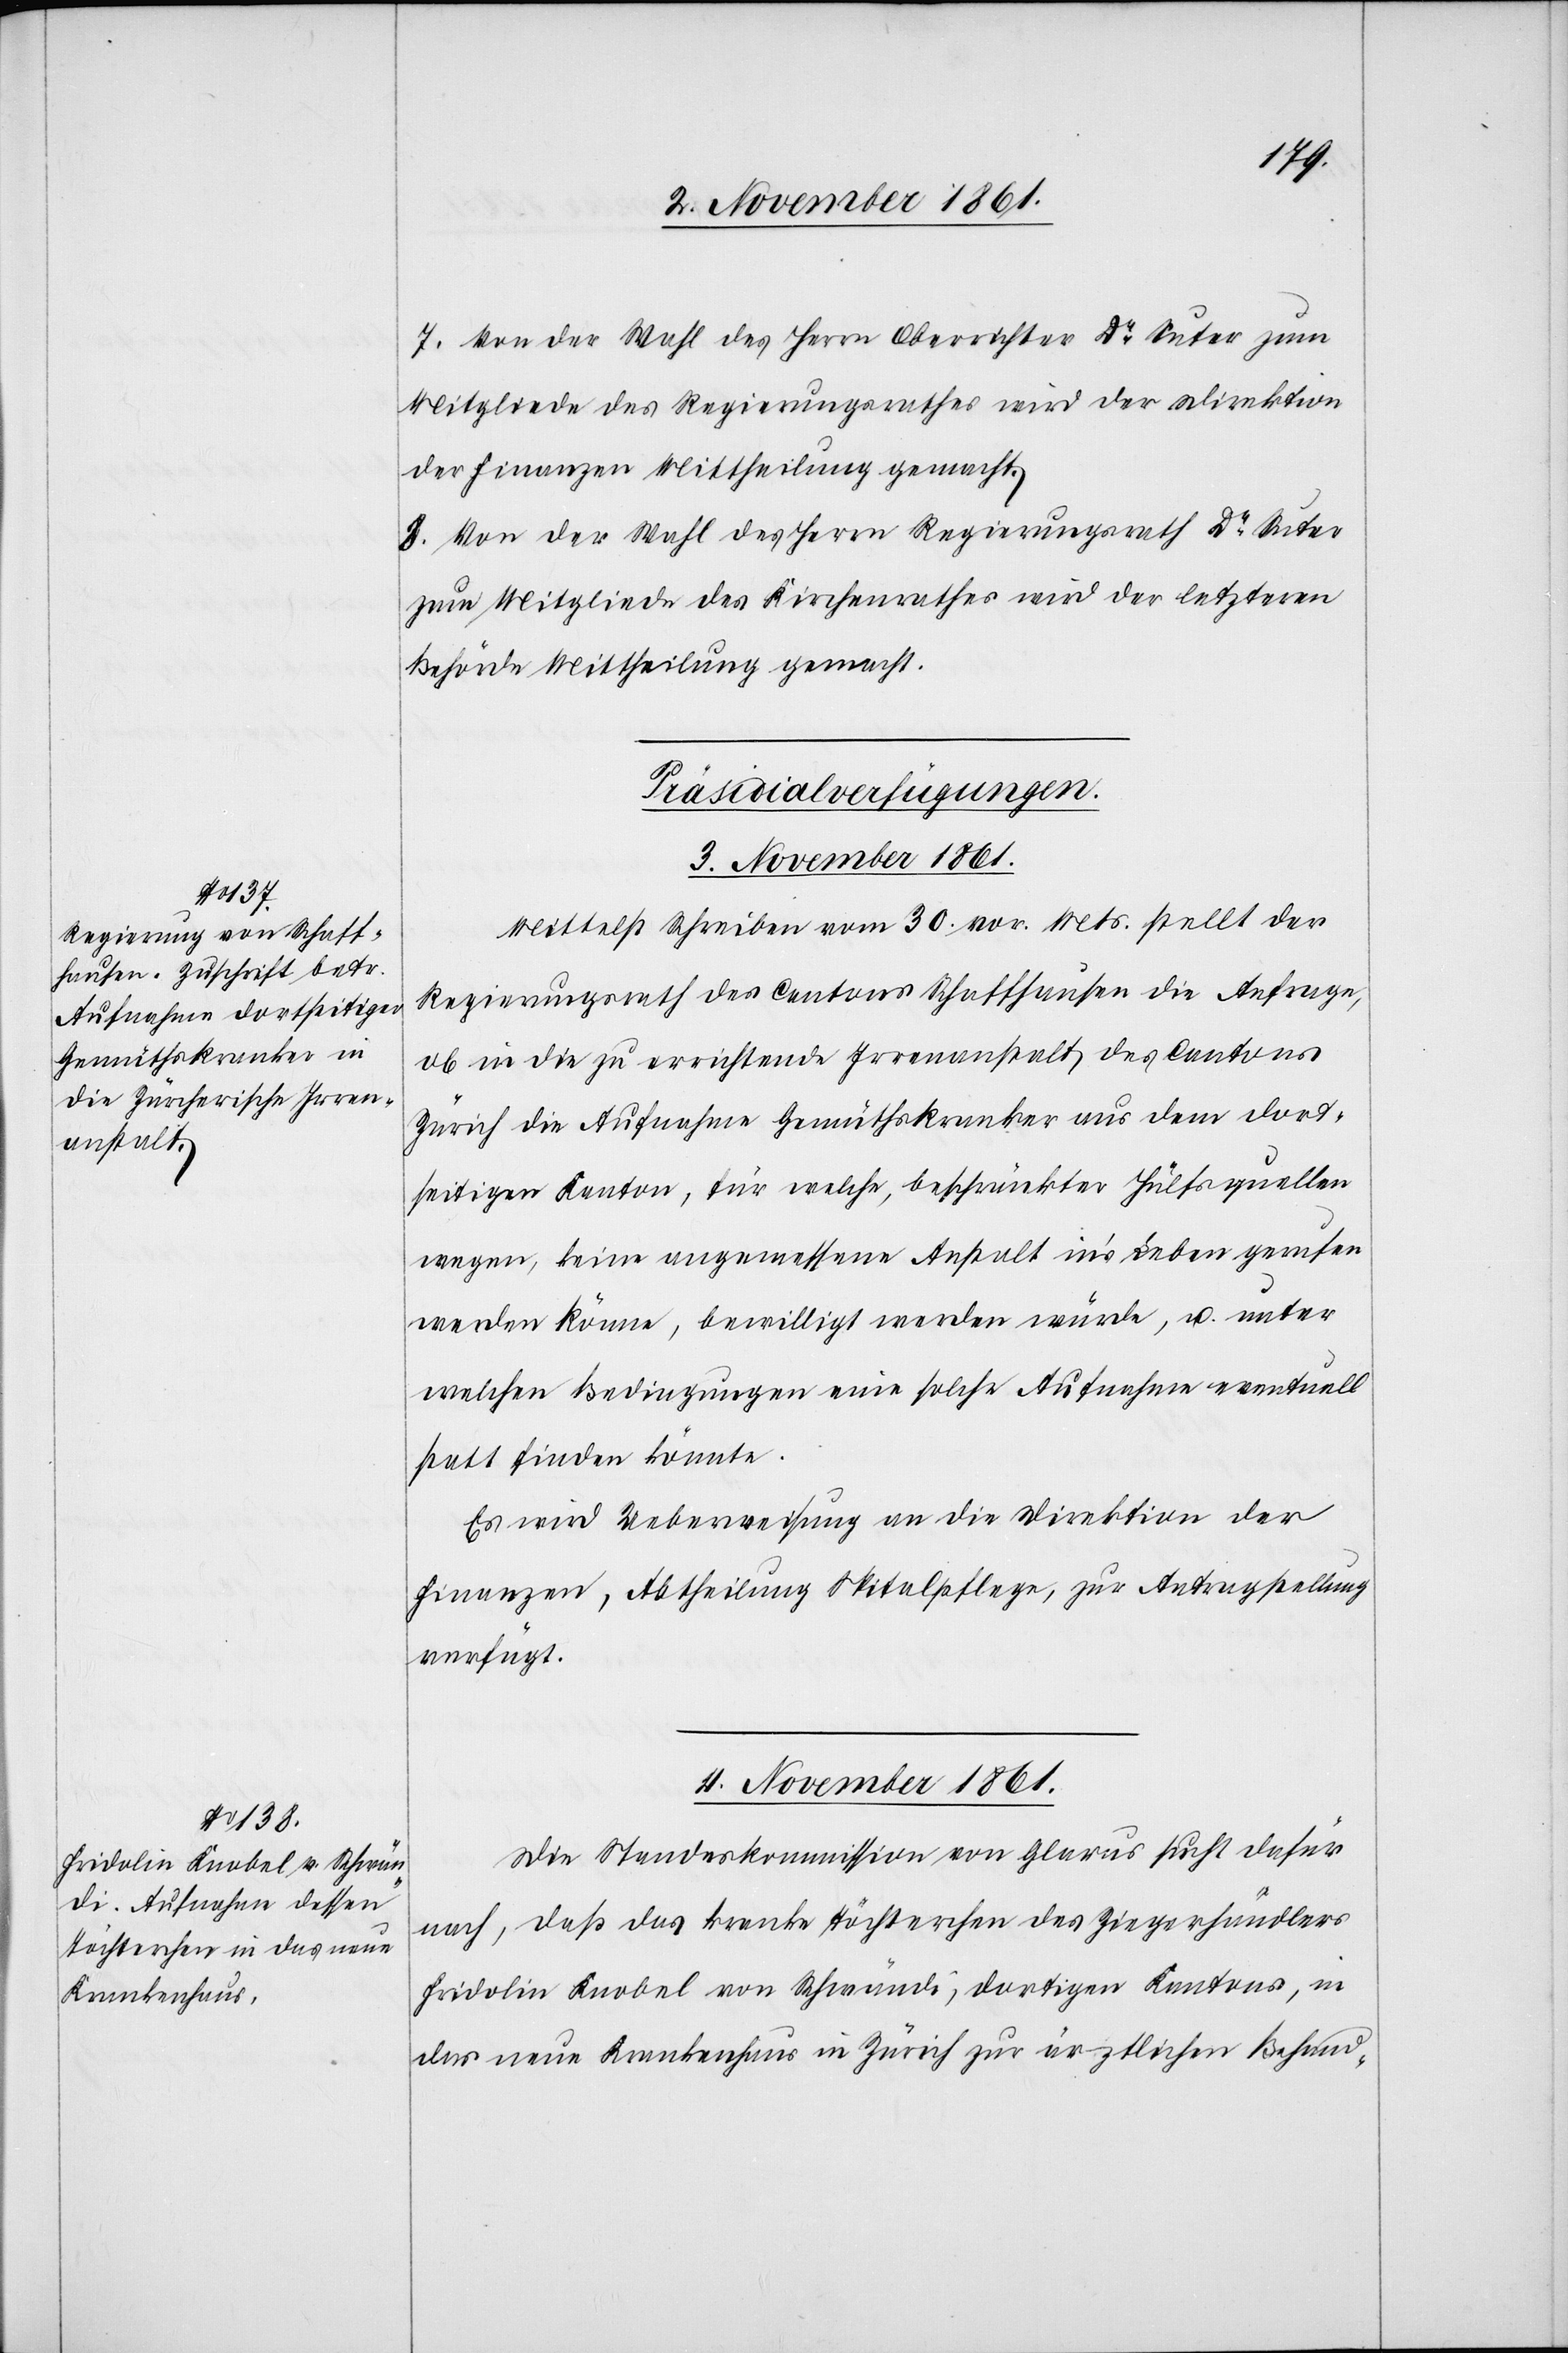
7. Von der Wahl des Herrn Oberrichter Dr Suter zum
Mitgliede des Regierungsrathes wird der Direktion
der Finanzen Mittheilung gemacht.
8. Von der Wahl des Herren Regierungsrath Dr Suter
zum Mitgliede des Kirchenrathes wird der letztern
Behörde Mittheilung gemacht.
[Präsidial-Verfügungen.]
3 November 1861.
Mittelst Schreiben vom 30 vor. Mts. stellt der
Regierungsrath des Cantons Schaffhausen die Anfrage,
ob in die zu errichtende Irrenanstalt des Cantons
Zürich die Aufnahme Gemüthskranker aus dem dorti¬
genseitigen Kanton, für welche, beschränkter Hülfsquellen
wegen, keine angemessene Anstalt in’s Leben gerufen
werden könne, bewilligt werden würde, u. unter
welchen Bedingungen eine solche Aufnahme eventuell
statt finden könnte.
Es wird Ueberweisung an die Direktion der
Finanzen, Abtheilung Spitalpflege, zur Antragstellung
verfügt.
4 November 1861.
Die Standeskommission von Glarus sucht dafür
nach, daß das kranke Töchterchen des Ziegerhändlers
Fridolin Knobel von Schrändi, dortigen Kantons, in
das neue Krankenhaus in Zürich zur ärztlichen Behand-